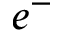
e ^ { - }